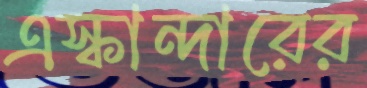
এস্কান্দারের